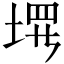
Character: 𪣰